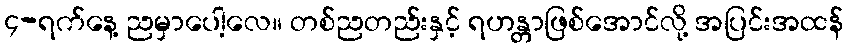
၄-ရက်နေ့ ညမှာပေါ့လေ။ တစ်ညတည်းနှင့် ရဟန္တာဖြစ်အောင်လို့ အပြင်းအထန်